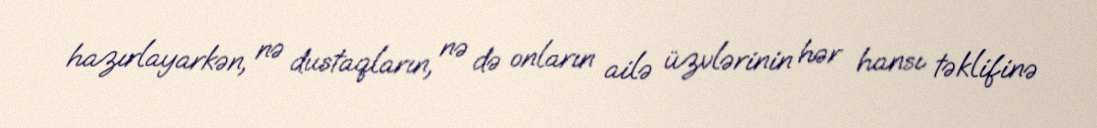
hazırlayarkən, nə dustaqların, nə də onların ailə üzvlərinin hər hansı təklifinə